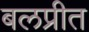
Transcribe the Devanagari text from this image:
बलप्रीत